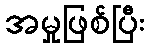
အမှုဖြစ်ပြီး